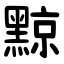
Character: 黥